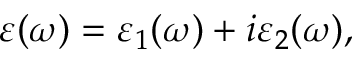
\varepsilon ( \omega ) = \varepsilon _ { 1 } ( \omega ) + i \varepsilon _ { 2 } ( \omega ) ,